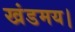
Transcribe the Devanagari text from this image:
खंडमय।